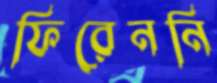
ফিরেননি